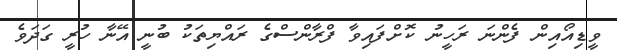
ވީޑިއޯއިން ފެންނަ ރަހީނު ކޮށްފައިވާ ފްރާންސްގެ ރައްޔިތަކު ބުނީ އޭނާ ހުރީ ގަދަވެ